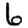
Digit: 6